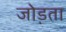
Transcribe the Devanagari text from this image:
जोड़ता